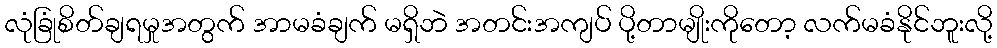
လုံခြုံစိတ်ချရမှုအတွက် အာမခံချက် မရှိဘဲ အတင်းအကျပ် ပို့တာမျိုးကိုတော့ လက်မခံနိုင်ဘူးလို့